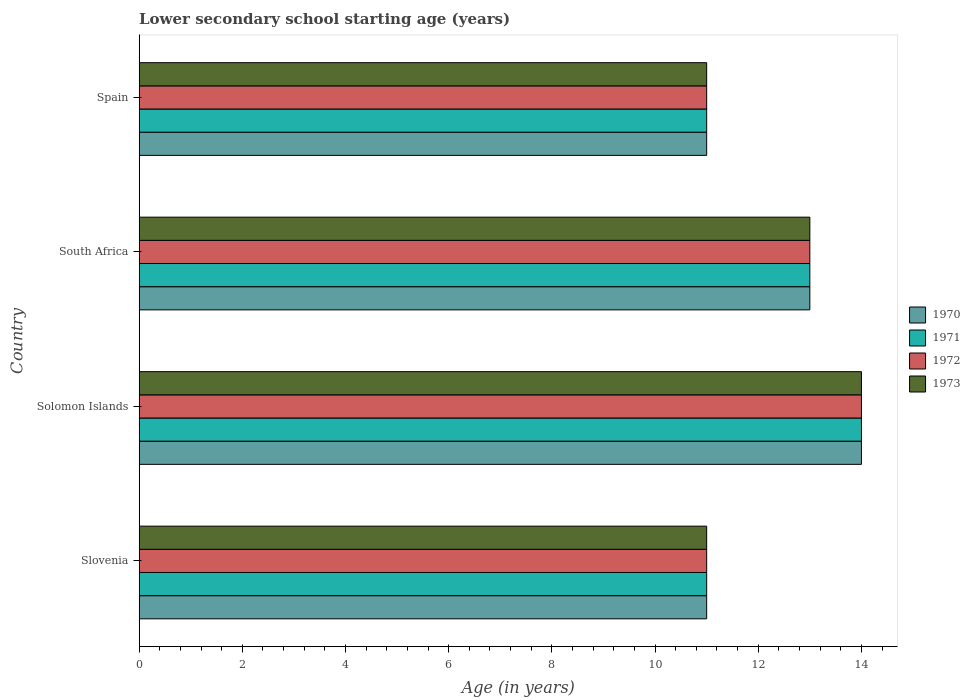
| Country | 1970 | 1971 | 1972 | 1973 |
 | --- | --- | --- | --- | --- |
 | Slovenia | 11 | 11 | 11 | 11 |
 | Solomon Islands | 14 | 14 | 14 | 14 |
 | South Africa | 13 | 13 | 13 | 13 |
 | Spain | 11 | 11 | 11 | 11 |